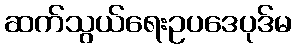
ဆက်သွယ်ရေးဥပဒေပုဒ်မ